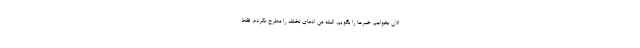
الان بخواهم خبرها را بگویم. البته من ادعای تخلف را مطرح نکردم. فقط